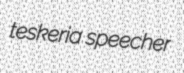
teskeria speecher